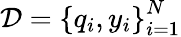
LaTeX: \mathcal{D}=\left\{ q_{i},y_{i}\right\} _{i=1}^{N}